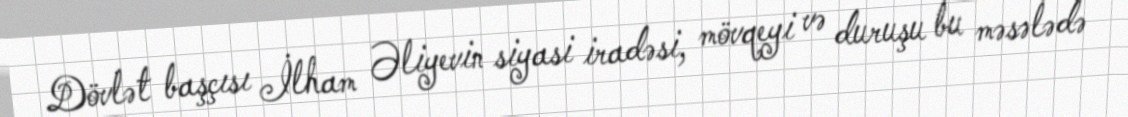
Dövlət başçısı İlham Əliyevin siyasi iradəsi, mövqeyi və duruşu bu məsələdə